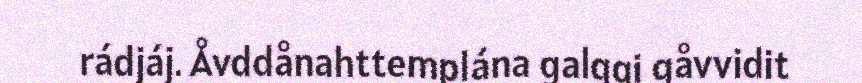
rádjáj. Åvddånahttemplána galggi gåvvidit